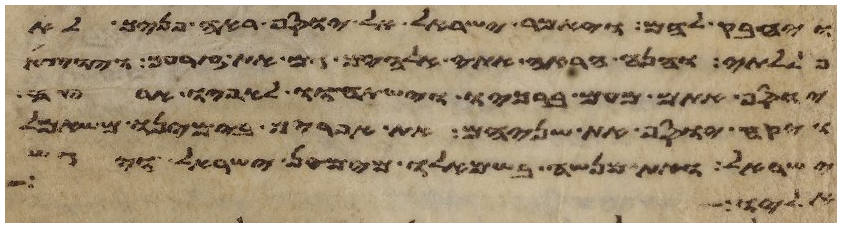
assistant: ויחבק להם ויאמר ישראל אל יוסף ראה פניך לא
פללתי והנה הראה אתי אלהים גם את זרעך ויוצא
יוסף אתם מעם ברכיו וישתחוו לאפיו ארצה
ויקח יוסף את שניהם את אפרים בימינו משמאל
ישראל ואת מנשה בשמאלו מימין ישראל ויגש
אליו